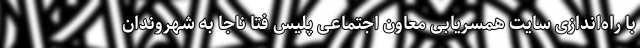
با راه‌اندازی سایت‌ همسریابی معاون اجتماعی پلیس فتا ناجا به شهروندان